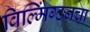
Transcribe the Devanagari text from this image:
विल्मिंग्टनचा